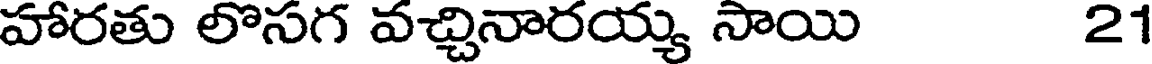
హారతు లొసగ వచ్చినారయ్య సాయి 21